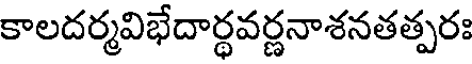
కాలదర్మవిభేదార్థవర్ణనాశనతత్పరః